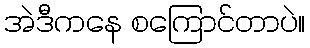
အဲဒီကနေ စကြောင်တာပဲ။